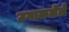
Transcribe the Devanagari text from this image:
उगाळलेले